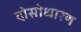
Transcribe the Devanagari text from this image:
दोसोधारण